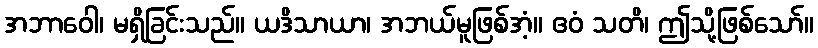
အဘာဝေါ၊ မရှိခြင်းသည်။ ယဒိသာယာ၊ အဘယ်မူဖြစ်အံ့။ ဧဝံ သတိ၊ ဤသို့ဖြစ်သော်။